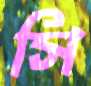
সি